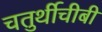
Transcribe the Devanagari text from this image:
चतुर्थीचीबी